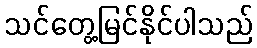
သင်တွေ့မြင်နိုင်ပါသည်